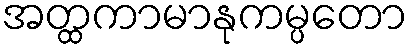
အတ္ထကာမာနုကမ္ပတော